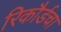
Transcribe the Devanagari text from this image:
रिकौर्डचा